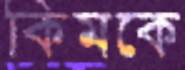
কিমকে